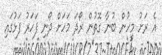
އެ ރަށު މީހުން ބުނާ ގޮތުން ރޯދަ މަހަށް ދޯނި ފަހަރު ފަޅުގައި